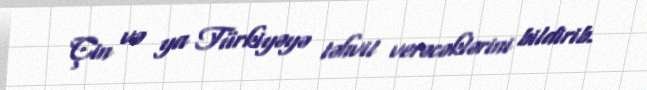
Çin və ya Türkiyəyə təhvil verəcəklərini bildirib.